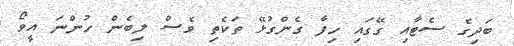
ބަދިގެ ސެޓާއި ގޭގައި ހިފާ ގެންގުޅޭ ތަކެތި ވެސް ލިބެން ހުންނަ އީވޯ